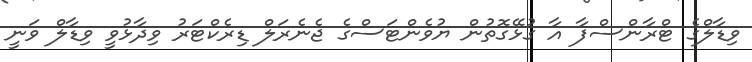
ވިޑާލްގެ ޓްރާންސްފާ އާ ގުޅޭގޮތުން ޔުވެންޓަސްގެ ޖެނެރަލް ޑިރެކްޓަރު ވިދާޅުވީ ވިޑާލް ވަނީ